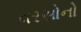
વરસોનો